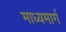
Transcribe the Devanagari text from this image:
माध्यमार्ग